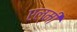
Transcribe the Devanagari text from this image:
एल्मी